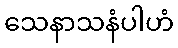
သေနာသနံပါဟံ